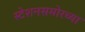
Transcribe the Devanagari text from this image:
स्टेशनसमोरच्या